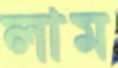
লাম